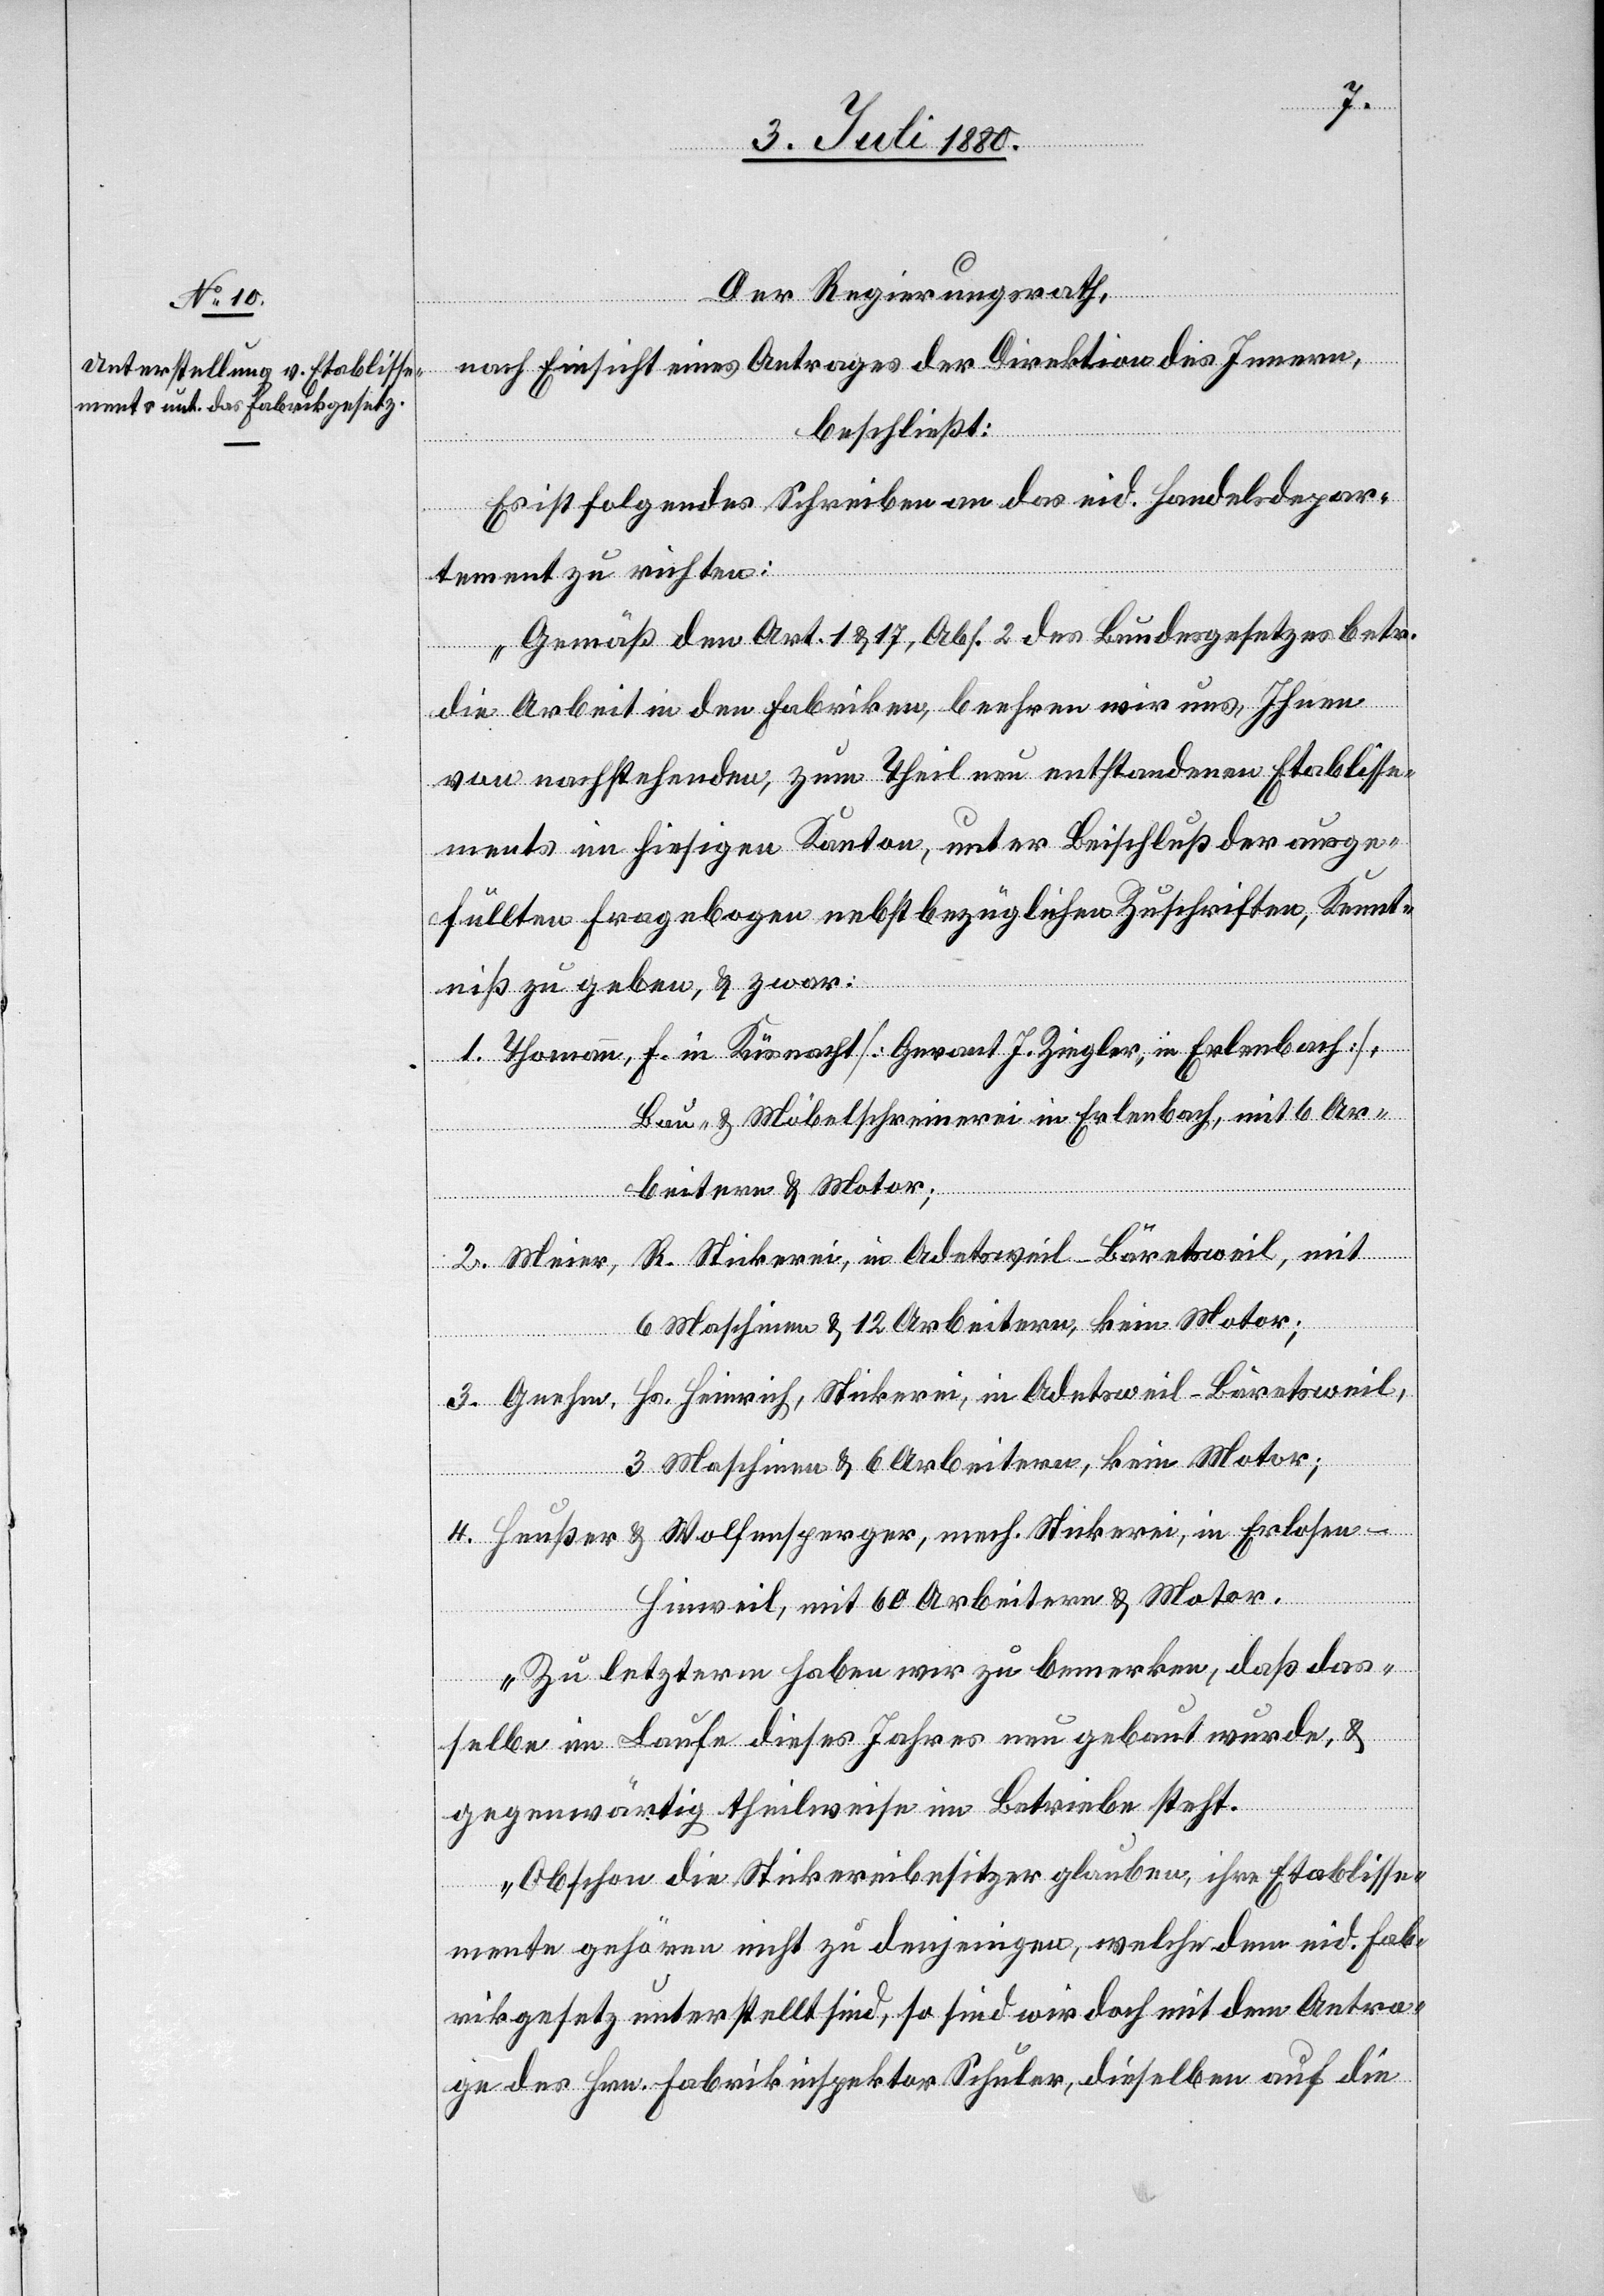
Der Regierungsrath,
nach Einsicht eines Antrages der Direktion des Innern
beschließt:
Es ist folgendes Schreiben an das eid. Handelsdepar¬
tement zu richten:
„Gemäß den Art. 1 & 17, Abs. 2 des Bundesgesetzes betr.
die Arbeit in den Fabriken, beehren wir uns, Ihnen
von nachstehenden, zum Theil neu entstandenen Etablisse¬
ments im hiesigen Kanton, ueber Beischluß der ausge¬
füllten Fragebogen nebst bezüglichen Zuschriften, Kennt¬
niß zu geben, & zwar:
1. Thomann, F. in Küsnacht [Gerant J. Ziegler, in Erlenbach],
Bau- und Möbelschreinerei in Erlenbach, mit 6 Ar¬
beitern & Motor;
2. Meier, R. Stickerei, in Adetsweil - Bäretsweil, mit
6 Maschinen & 12 Arbeitern, kein Motor;
3. Gnehm, Hs. Heinrich, Stickerei, Adetsweil - Bäretsweil,
3 Maschinen & 6 Arbeitern, kein Motor;
4. Heußer & Wolfensperger, mech. Stickerei, in Erlosen
Hinweil, mit 60 Arbeitern & Motor.
Zu letzterm haben wir zu bemerken, daß das¬
selbe im Laufe dieses Jahres neu gebaut wurde, &
gegenwärtig theilweise im Betriebe steht.
Obschon die Stickereibesitzer glauben, ihre Etablisse¬
mente gehören nicht zu denjenigen, welche dem eid. Fab¬
rikgesetz unterstellt sind, so sind wir doch mit dem Antra¬
ge des Hrn. Fabrikinspektor Schuler, dieselben auf die